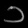
Digit: ၁